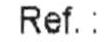
REF.: